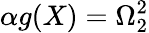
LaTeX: \alpha g(X)=\Omega_{2}^{2}